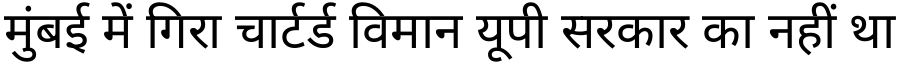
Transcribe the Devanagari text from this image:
मुंबई में गिरा चार्टर्ड विमान यूपी सरकार का नहीं था